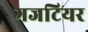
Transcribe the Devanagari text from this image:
गजटियर